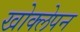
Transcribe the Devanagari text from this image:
खोक्लेपन